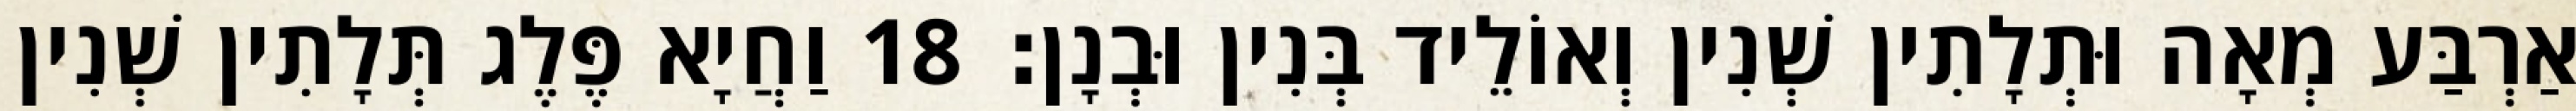
אַרְבַּע מְאָה וּתְלָתִין שְׁנִין וְאוֹלֵיד בְּנִין וּבְנָן׃ 18 וַחֲיָא פֶּלֶג תְּלָתִין שְׁנִין